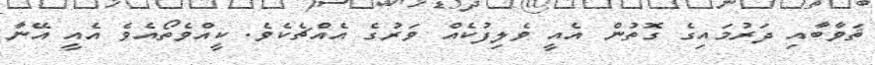
ޘަވާބާއި ދަރުމައިގެ ގޮތުން އެއީ ވެލިފުކެއް ވަރުގެ އެއްޗެކެވެ. ކީއްވެތޯއެވެ އެއީ އޭނާ